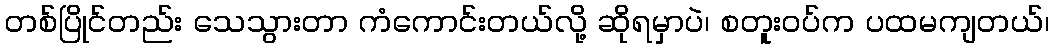
တစ်ပြိုင်တည်း သေသွားတာ ကံကောင်းတယ်လို့ ဆိုရမှာပဲ၊ စတူးဝပ်က ပထမကျတယ်၊